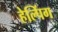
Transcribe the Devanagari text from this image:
हेल्पिंग